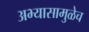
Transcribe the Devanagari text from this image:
अभ्यासामुळेच